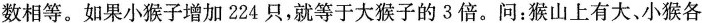
数相等。如果小猴子增加224只，就等于大猴子的3倍。问：猴山上有大、小猴各